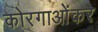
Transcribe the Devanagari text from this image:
कोरगाओंकर